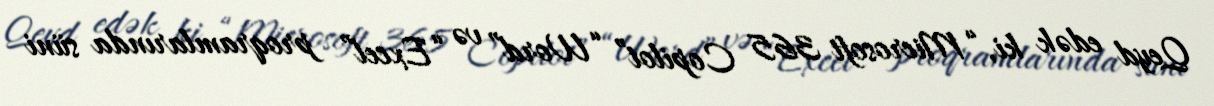
Qeyd edək ki, “Microsoft 365 Copilot” “Word” və “Excel” proqramlarında süni